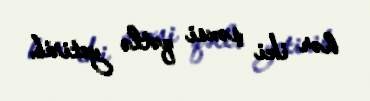
hər iki şəxsi qətlə yetirib.